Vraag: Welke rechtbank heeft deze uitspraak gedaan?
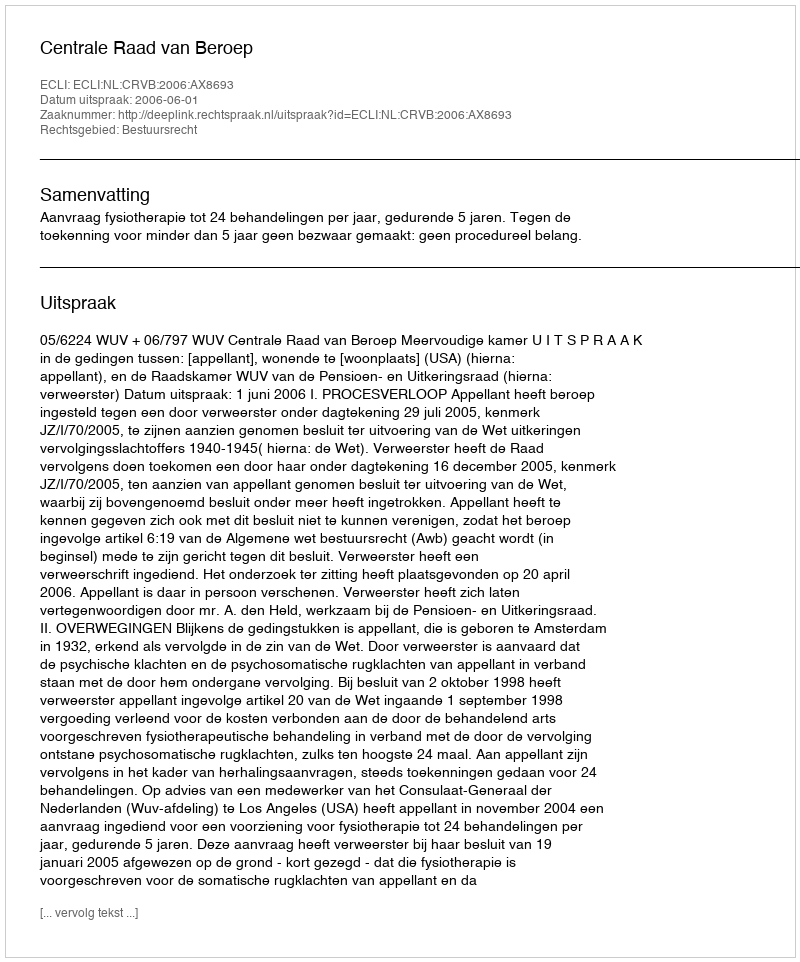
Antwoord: Centrale Raad van Beroep